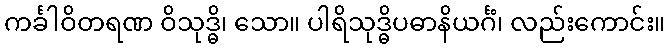
ကင်္ခါဝိတရဏ ဝိသုဒ္ဓိ၊ သော။ ပါရိသုဒ္ဓိပဓာနိယင်္ဂံ၊ လည်းကောင်း။